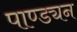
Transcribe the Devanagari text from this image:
पाण्ड्यन